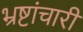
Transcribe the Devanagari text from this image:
भ्रष्टांचारी